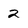
Character: 2